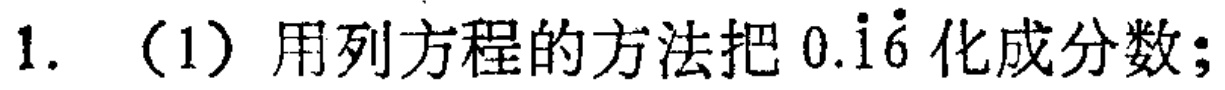
1. （1）用列方程的方法把\(0.\dot{1}\dot{6}\)化成分数；